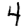
Digit: 4